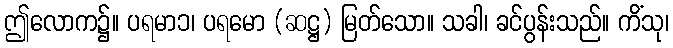
ဤလောက၌။ ပရမာ၁၊ ပရမော (ဆဋ္ဌ) မြတ်သော။ သခါ၊ ခင်ပွန်းသည်။ ကိံသု၊